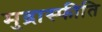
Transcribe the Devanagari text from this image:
मुद्रास्‍फीति